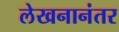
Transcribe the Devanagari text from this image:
लेखनानंतर